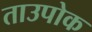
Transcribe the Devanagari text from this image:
ताउपोक